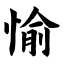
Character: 愉